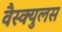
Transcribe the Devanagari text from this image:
वैस्क्युलस